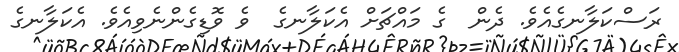
ރަސްކަލާނގެއެވެ. ދެން  ގެ މައްޗަށް އެކަލާނގެ  ވެ ވޮޑިގެންނެވިއެވެ. އެކަލާނގެ